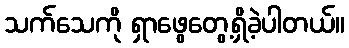
သက်သေကို ရှာဖွေတွေ့ရှိခဲ့ပါတယ်။